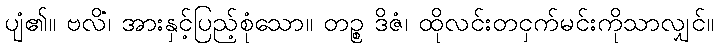
ပျံ၏။ ဗလိံ၊ အားနှင့်ပြည့်စုံသော။ တဉ္စ ဒိဇံ၊ ထိုလင်းတငှက်မင်းကိုသာလျှင်။